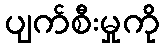
ပျက်စီးမှုကို